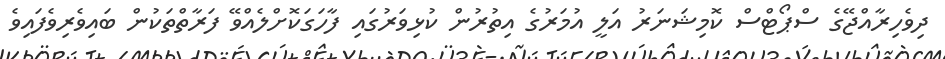
ދިވެހިރާއްޖޭގެ ސްޕޯޓްސް ކޮމިޝަނަރު އަލީ އުމަރުގެ އިތުރުން ކުޅިވަރުގައި ފާހަގަކޮށްލެއްވޭ ފަރާތްތަކުން ބައިވެރިވެފައިވެ